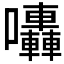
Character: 𡆀